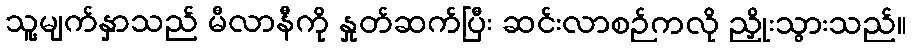
သူ့မျက်နှာသည် မီလာနီကို နှုတ်ဆက်ပြီး ဆင်းလာစဉ်ကလို ညှိုးသွားသည်။